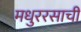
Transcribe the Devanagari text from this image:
मधुररसाची